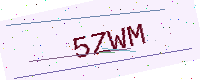
Text: 5ZWM